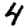
Digit: 4